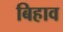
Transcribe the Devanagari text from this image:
बिहाव